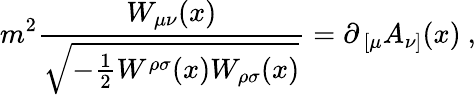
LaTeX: m^{2}{\frac{W_{\mu\nu}(x)}{\sqrt{-{\frac{1}{2}}W^{\rho\sigma}(x)W_{\rho\sigma}(x)}}}=\partial_{\, [\mu}A_{\nu]}(x)\ ,